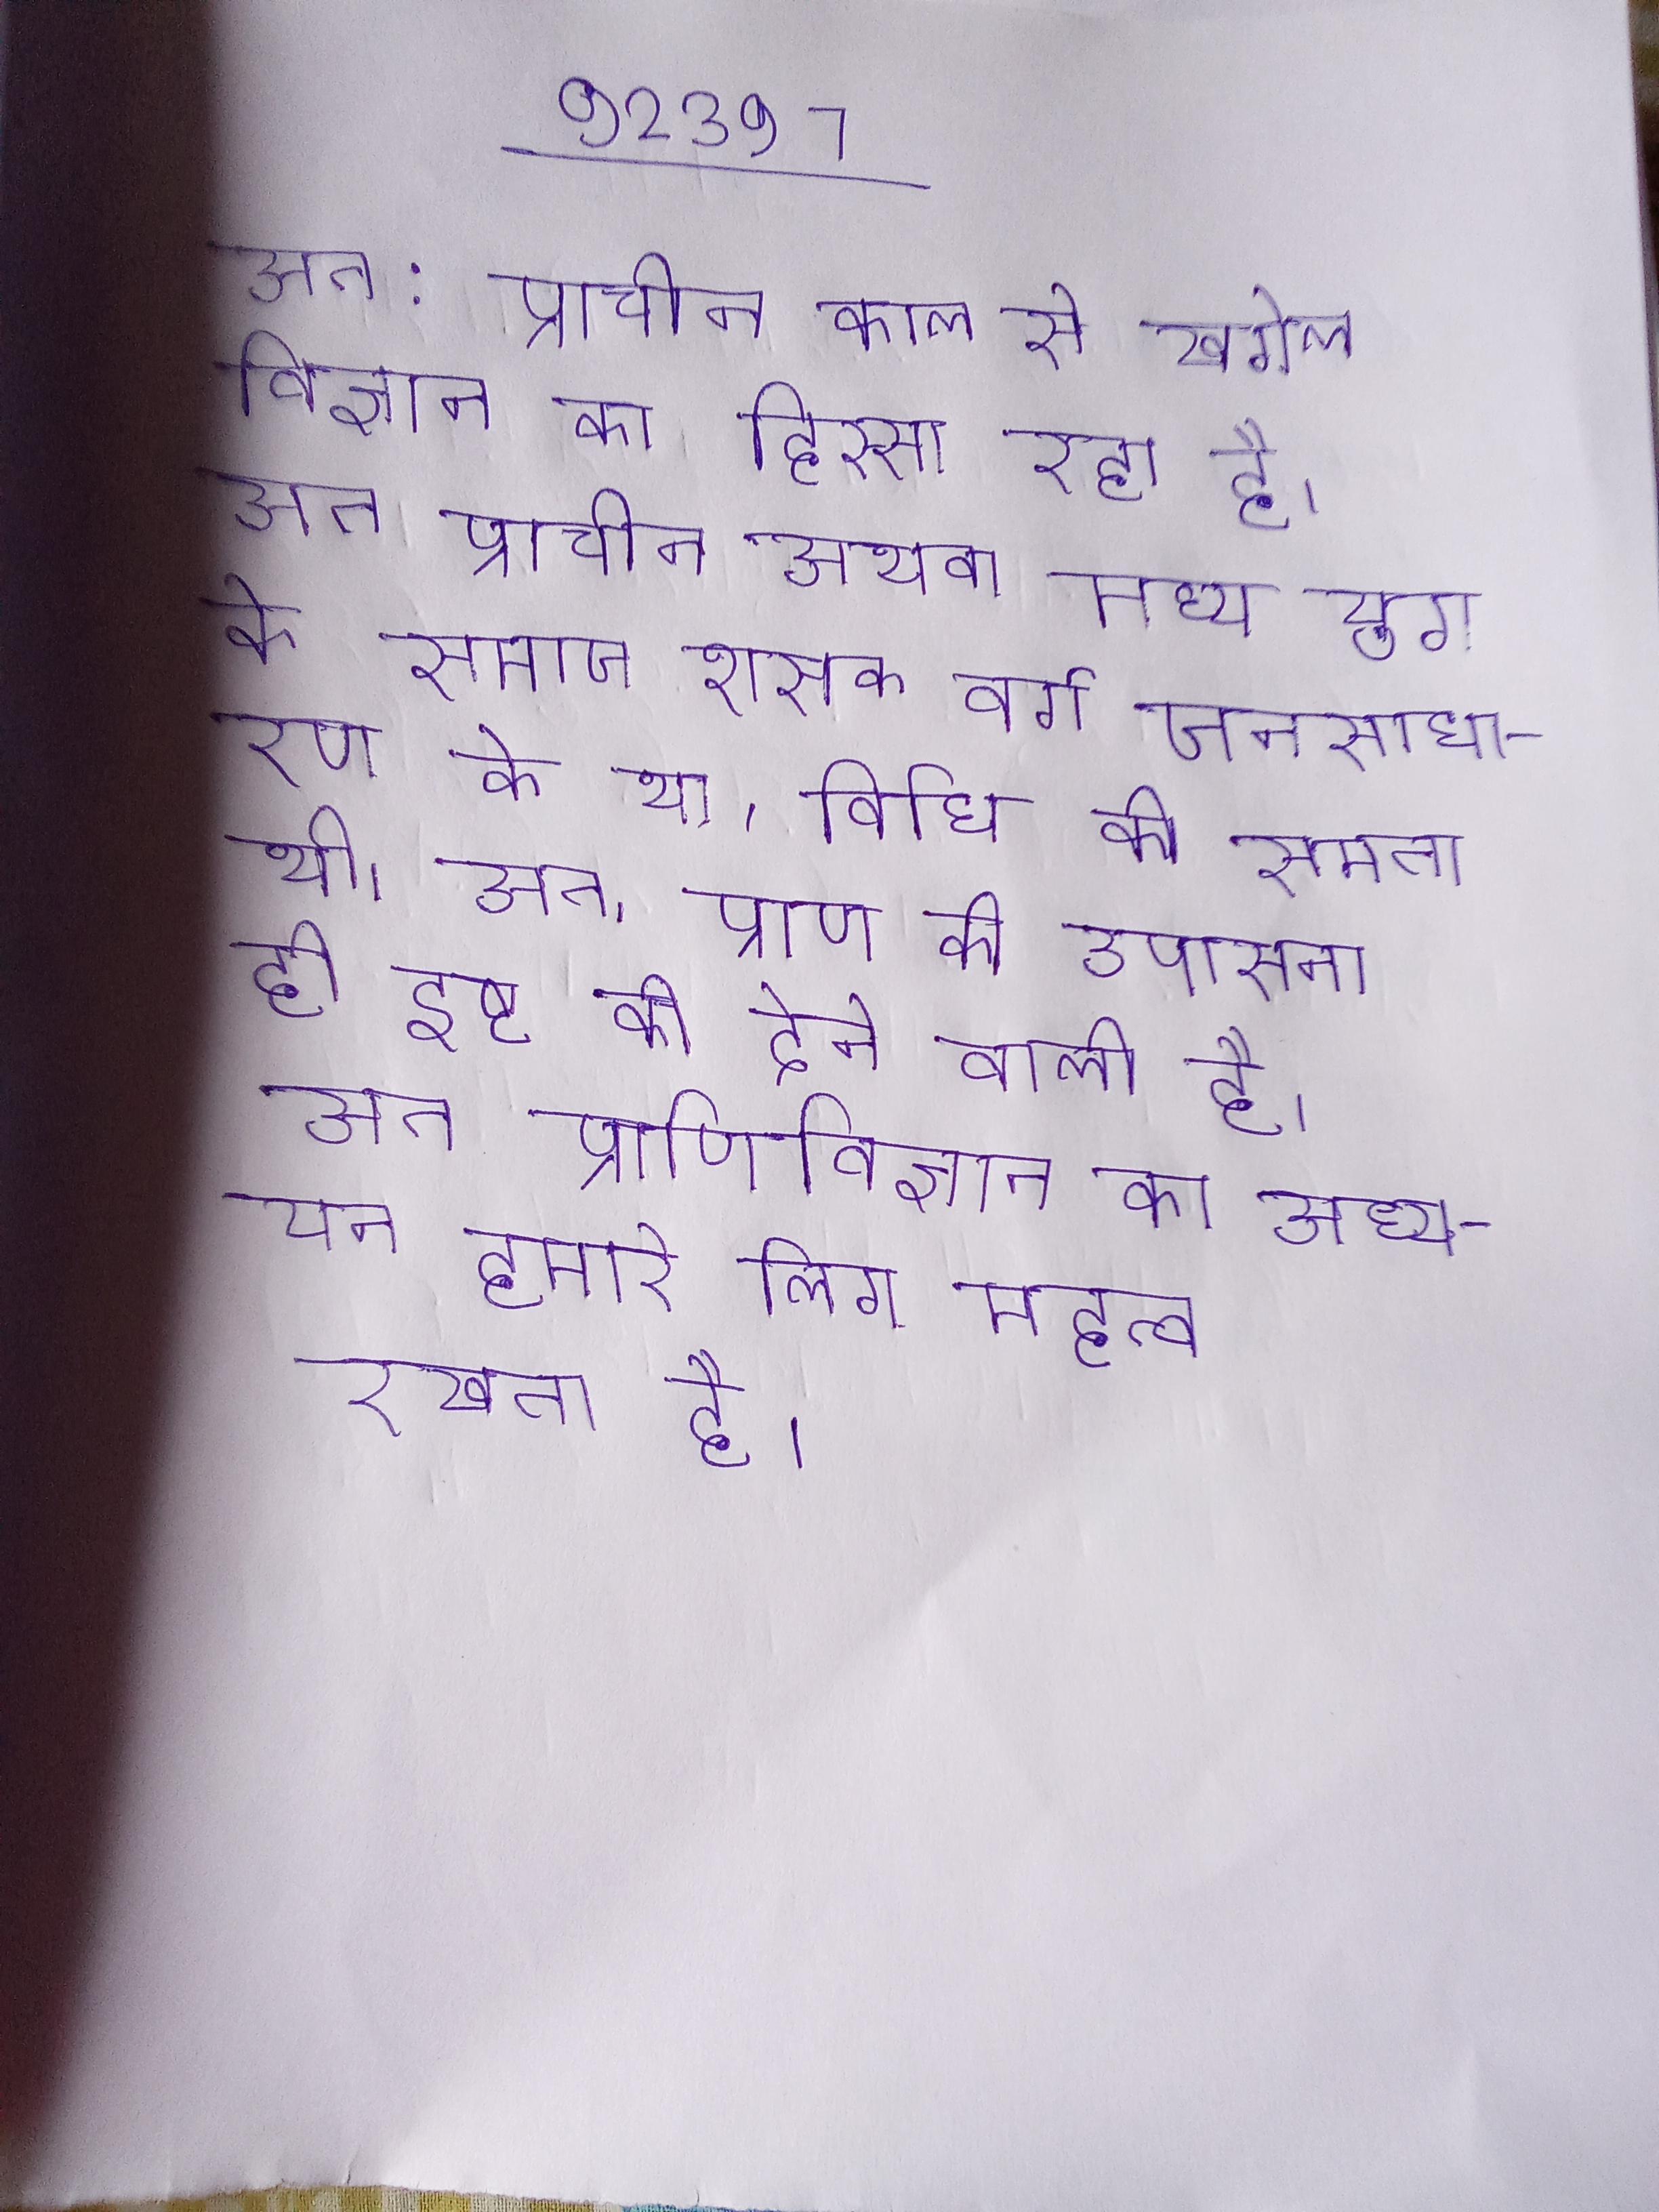
अत: प्राचीन काल से खगोल विज्ञान का हिस्सा रहा है । अत: प्राचीन अथवा मध्य युग के समाज शासक वर्ग जनसाधारण के था, विधि की समता थी । अत: प्राण की उपासना ही इष्ट को देने वाली है । अत: प्राणिविज्ञान का अध्ययन हमारे लिए महत्व रखता है ।